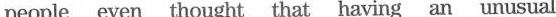
people even thought that having an unusual